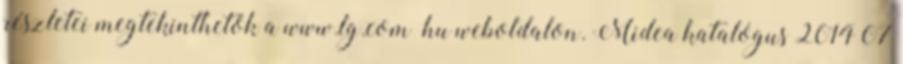
részletei megtekinthetők a www.lg.com hu weboldalon. Midea katalógus 2014 07